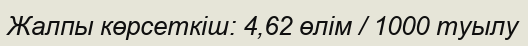
Жалпы көрсеткіш: 4,62 өлім / 1000 туылу